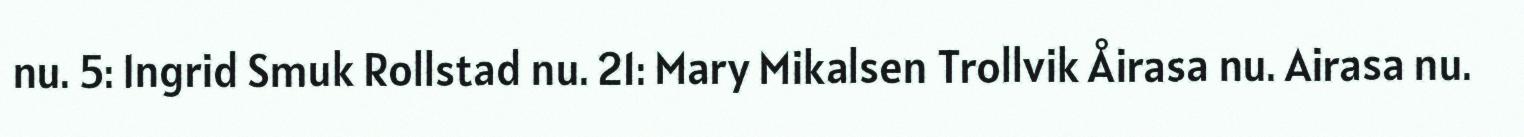
nu. 5: Ingrid Smuk Rollstad nu. 21: Mary Mikalsen Trollvik Åirasa nu. Airasa nu.